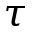
\tau